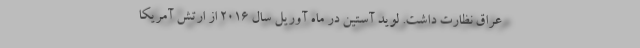
عراق نظارت داشت. لوید آستین در ماه آوریل سال ۲۰۱۶ از ارتش آمریکا